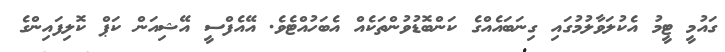
ގައުމީ ޓީމު އެކުލަވާލުމުގައި ގިނަބައެއްގެ ކަންބޮޑުވުންތަކެއް އެބަހުއްޓެވެ. އޭއެފްސީ އޭޝިއަން ކަޕް ކޮލިފައިންގެ